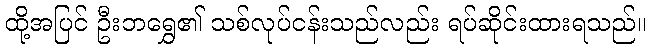
ထို့အပြင် ဦးဘရွှေ၏ သစ်လုပ်ငန်းသည်လည်း ရပ်ဆိုင်းထားရသည်။